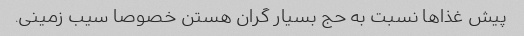
پیش غذاها نسبت به حج بسیار گران هستن خصوصا سیب زمینی.